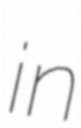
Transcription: in